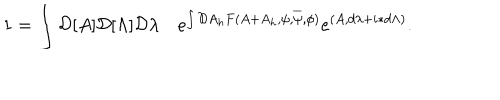
1 = \int { \cal D } [ A ] { \cal D } [ \Lambda ] { \cal D } \lambda \quad e ^ { \int { \cal D } A _ { h } F ( A + A _ { h } , \psi , \overline { { \psi } } , \phi ) } e ^ { ( A , d \lambda + i \ast d \Lambda ) } .